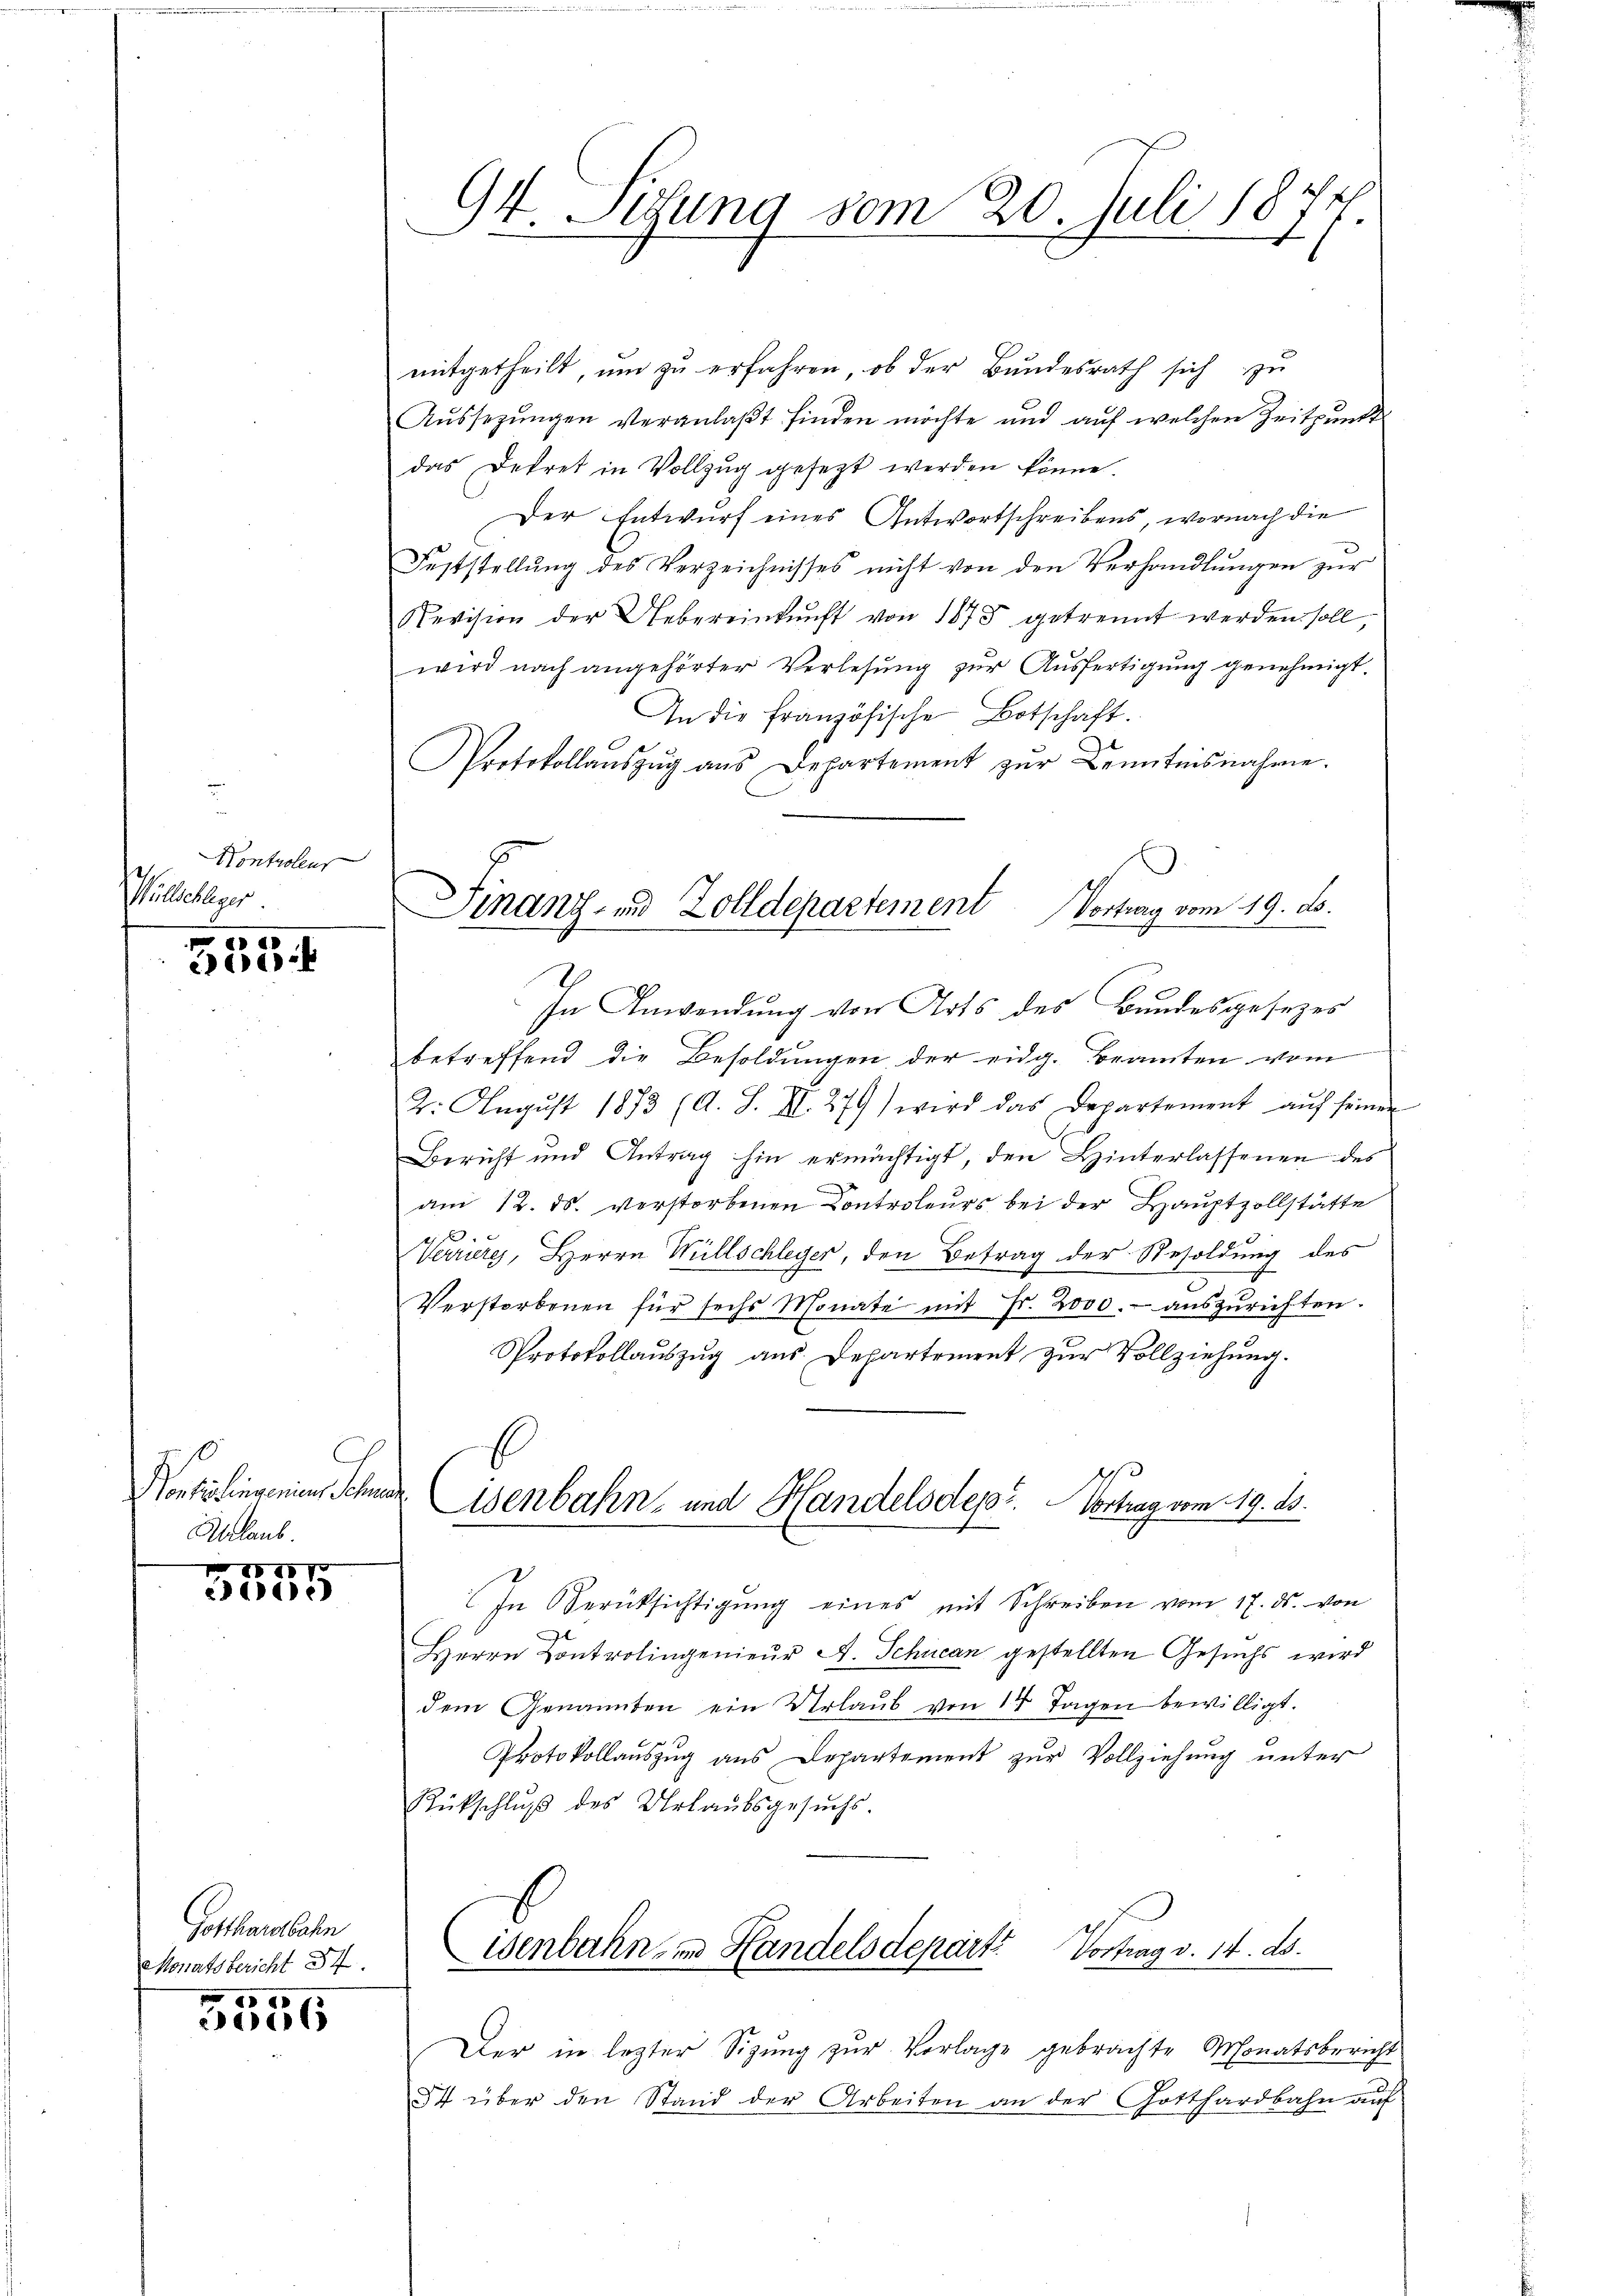
Kontroleur
Wüllschleger

5
305

C
Ponterlingenien, Schade
Ablaub

1870
61)

Gotthardbahn
Monatsbericht 37.

4
e

mitgetheilt, um zu erfahren, ob der Bundesrath sich zu
Aŭssezŭngen veranlaβt finden möchte und auf welchen Zeitpunkt
das Dekret in Vollzŭg gesezt werden könne.
Der Entwurf eines Antwortschreibens, wornach die
Feststellŭng des Verzeichnisses nicht von den Verhandlŭngen zur
Revision der Uebereinkunft von 1873 getrennt werden soll,
wird nach angehörter Verlesung zur Ausfertigung genehmigt.
In die französische Botschaft.
Protokollaŭszŭg ans Departement zŭr Benntnisnahme.
betreffend die Besoldungen der eidg. Beamten vom
2. August 1873 (A. S. II. 279) wird das Departement aŭf seinen
Bericht und Antrag hin ermächtigt, den Hinterlassenen des
am 12. ds. verstorbenen Controleurs bei der Hauptzollstätte
.
Verriere, Herrn Willschleger, den Betrag der Besoldung des
Verstorbenen für sechs Monate mit Fr. 2000.- aŭszŭrichten.
Protokollauszug aus Departement zur Vollziehung.
Eisenbahn- und Handelsdeper. Vortrag vom 19. ds.
In Berücksichtigŭng eines mit Schreiben vom 17. ds. von
Herrn Controlingenieŭr A. Schuean gestellten Gesuchs wird
dem Genannten ein Urlaŭb von 14 Tagen bewilligt.
Protokollauszug aus Departement zur Vollziehung unter
Rückschlŭβ des Urlaubsgesŭchs.
isenbahn- und Handelsdepart? Vortrag v. 14. ds.
Der in lezter Sigung zur Verlage gebrachte Monatsbericht
54 über den Stand der Arbeiten an der Gotthardbahn auf

s
4. Sifung vom 20. Juli 187

Finanz- und Zolldepartement Vortrag vom 19. ds.
In Anwendung von Arts des Bundesgesezes